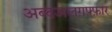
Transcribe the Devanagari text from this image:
अब्दअलग़फ़्फ़ार